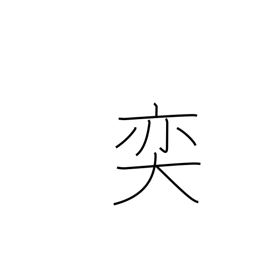
Meaning: large